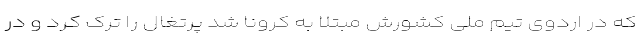
که در اردوی تیم ملی کشورش مبتلا به کرونا شد پرتغال را ترک کرد و در